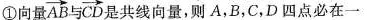
①向量\overrightarrow{AB}与 \overrightarrow{CD}是共线向量，则A，B，C，D四点必在一